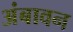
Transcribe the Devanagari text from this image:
अंबावन